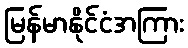
မြန်မာနိုင်ငံအကြား